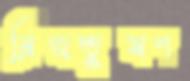
ব্রিজভূষণ